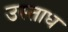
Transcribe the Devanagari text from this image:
उस्ताध